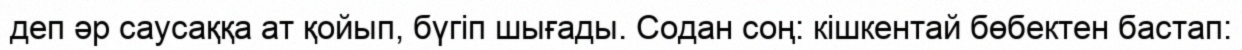
деп әр саусаққа ат қойып, бүгiп шығады. Содан соң: кiшкентай бөбектен бастап: